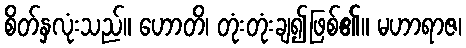
စိတ်နှလုံးသည်။ ဟောတိ၊ တုံးတုံးချ၍ဖြစ်၏။ မဟာရာဇ၊